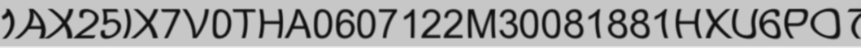
1AX25IX7V0THA0607122M30081881HXU6PO7